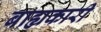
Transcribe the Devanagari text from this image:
बाह्यकारी